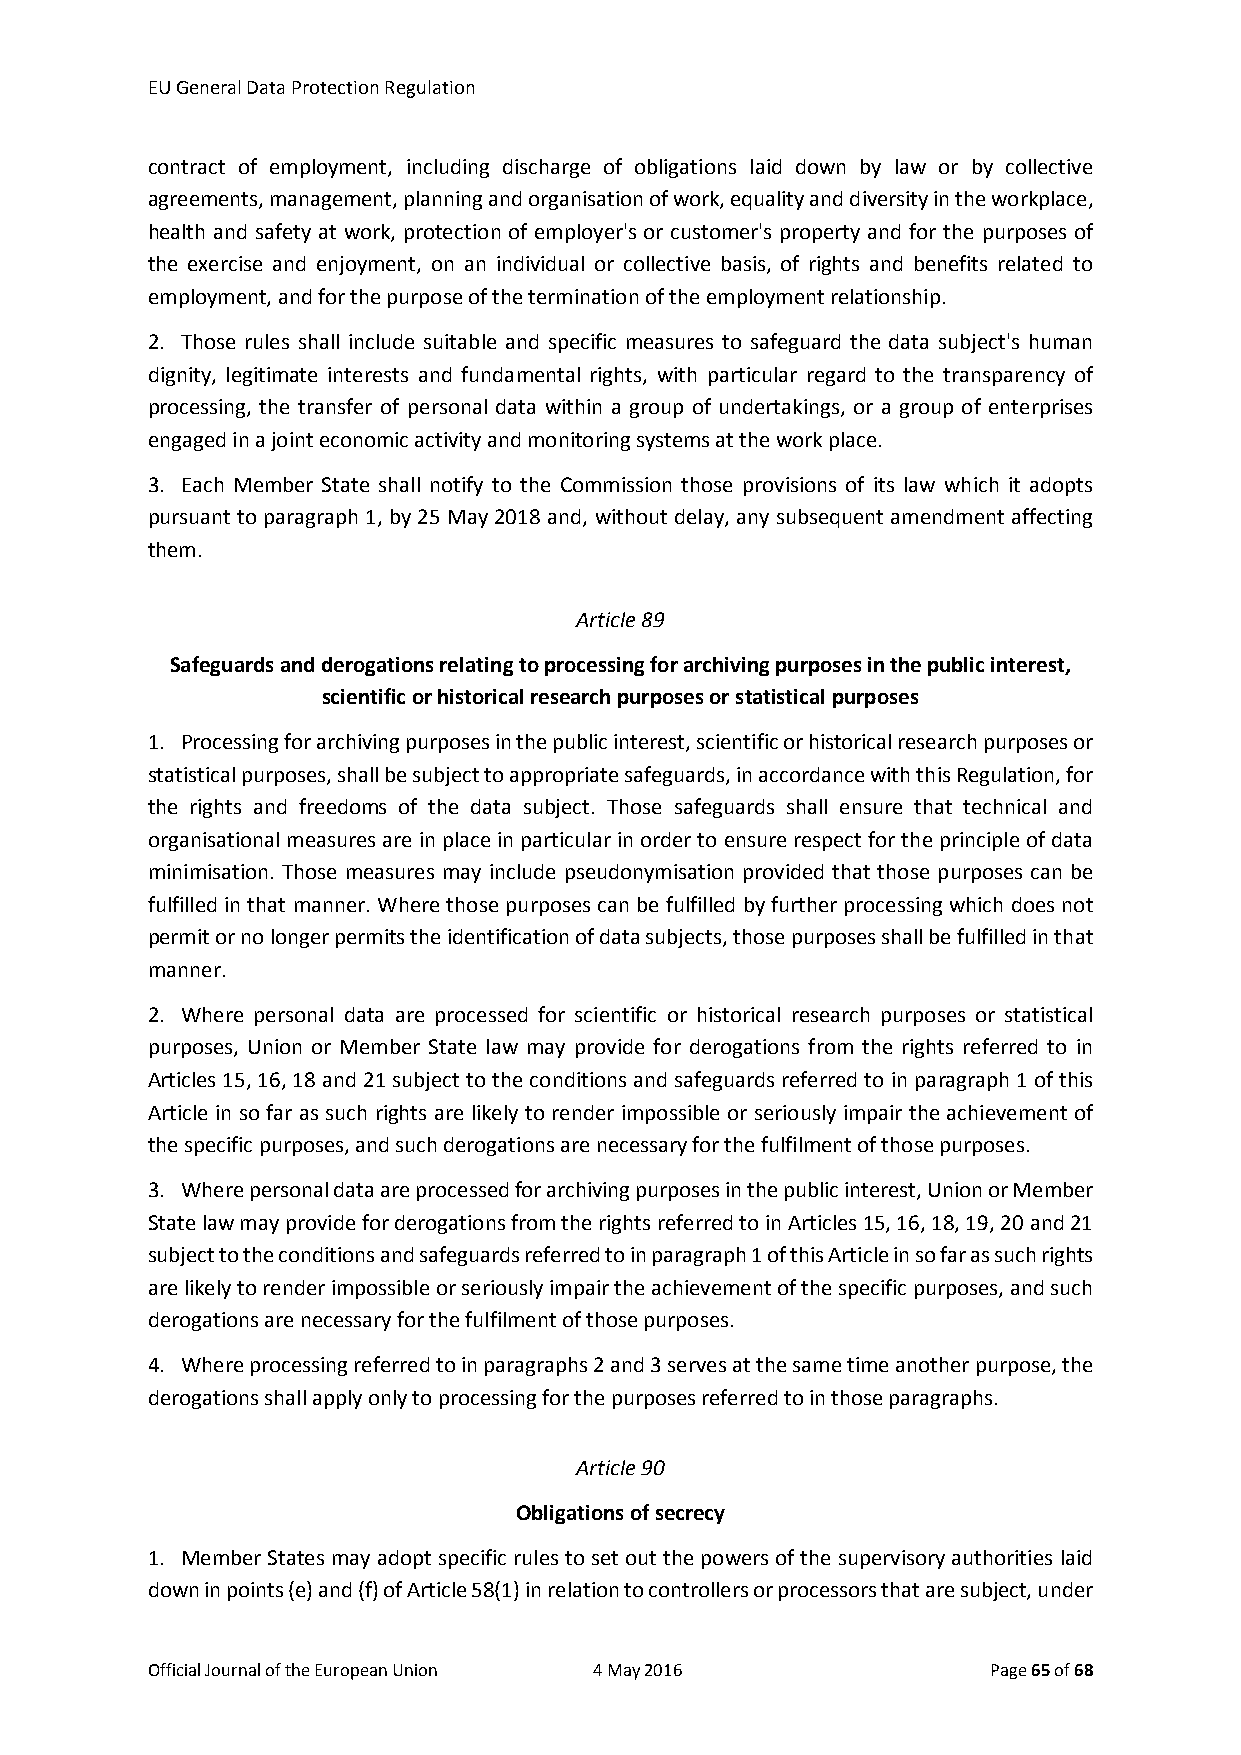
EU General Data Protection Regulation
 contract of employment, including discharge of obligations laid down by law or by collective
 agreements, management, planning and organisation of work, equality and diversity in the workplace,
 health and safety at work, protection of employer's or customer's property and for the purposes of
 the exercise and enjoyment, on an individual or collective basis, of rights and benefits related to
 employment, and for the purpose of the termination of the employment relationship.
 2. Those rules shall include suitable and specific measures to safeguard the data subject's human
 dignity, legitimate interests and fundamental rights, with particular regard to the transparency of
 processing, the transfer of personal data within a group of undertakings, or a group of enterprises
 engaged in a joint economic activity and monitoring systems at the work place.
 3. Each Member State shall notify to the Commission those provisions of its law which it adopts
 pursuant to paragraph 1, by 25 May 2018 and, without delay, any subsequent amendment affecting
 them.
 Article 89
 Safeguards and derogations relating to processing for archiving purposes in the public interest,
 scientific or historical research purposes or statistical purposes
 1. Processing for archiving purposes in the public interest, scientific or historical research purposes or
 statistical purposes, shall be subject to appropriate safeguards, in accordance with this Regulation, for
 the rights and freedoms of the data subject. Those safeguards shall ensure that technical and
 organisational measures are in place in particular in order to ensure respect for the principle of data
 minimisation. Those measures may include pseudonymisation provided that those purposes can be
 fulfilled in that manner. Where those purposes can be fulfilled by further processing which does not
 permit or no longer permits the identification of data subjects, those purposes shall be fulfilled in that
 manner.
 2. Where personal data are processed for scientific or historical research purposes or statistical
 purposes, Union or Member State law may provide for derogations from the rights referred to in
 Articles 15, 16, 18 and 21 subject to the conditions and safeguards referred to in paragraph 1 of this
 Article in so far as such rights are likely to render impossible or seriously impair the achievement of
 the specific purposes, and such derogations are necessary for the fulfilment of those purposes.
 3. Where personal data are processed for archiving purposes in the public interest, Union or Member
 State law may provide for derogations from the rights referred to in Articles 15, 16, 18, 19, 20 and 21
 subject to the conditions and safeguards referred to in paragraph 1 of this Article in so far as such rights
 are likely to render impossible or seriously impair the achievement of the specific purposes, and such
 derogations are necessary for the fulfilment of those purposes.
 4. Where processing referred to in paragraphs 2 and 3 serves at the same time another purpose, the
 derogations shall apply only to processing for the purposes referred to in those paragraphs.
 Article 90
 Obligations of secrecy
 1. Member States may adopt specific rules to set out the powers of the supervisory authorities laid
 down in points (e) and (f) of Article 58(1) in relation to controllers or processors that are subject, under
 Official Journal of the European Union 4 May 2016       Page 65 of 68